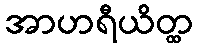
အာဟရီယိတ္ထ